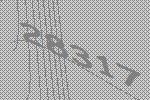
28317